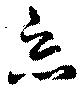
惡